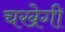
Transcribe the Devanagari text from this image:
चखेगी